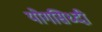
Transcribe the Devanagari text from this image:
योगसिध्दी